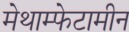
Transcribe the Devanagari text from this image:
मेथाम्फेटामीन